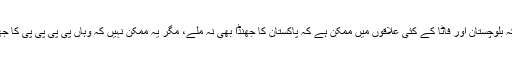
اور یہ سچ ہے کہ بلوچستان اور فاٹا کے کئی علاقوں میں ممکن ہے کہ پاکستان کا جھنڈا بھی نہ ملے، مگر یہ ممکن نہیں کہ وہاں پی پی پی پی کا جھنڈا نظر نہ آئے۔